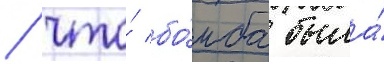
/ что́ бо́мба была́